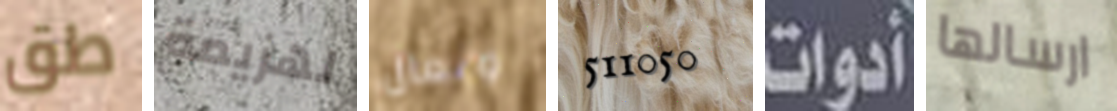
طق لهزيمة وتعال 511050 أدوات ارسالها